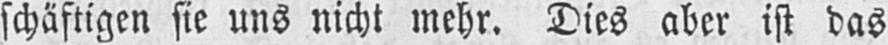
schäftigen sie uns nicht mehr. Dies aber ist das